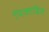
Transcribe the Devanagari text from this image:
पिक्टब्रिज